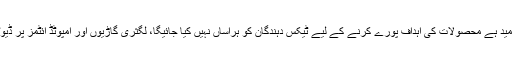
صدر چیمبر نے کہاکہ امید ہے محصولات کی اہداف پورے کرنے کے لیے ٹیکس دہندگان کو ہراساں نہیں کیا جائیگا، لگثری گاڑیوں اور امپوٹڈ آئٹمز پر ڈیوٹی کا نفاذ خوش آئند ہے۔